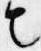
也